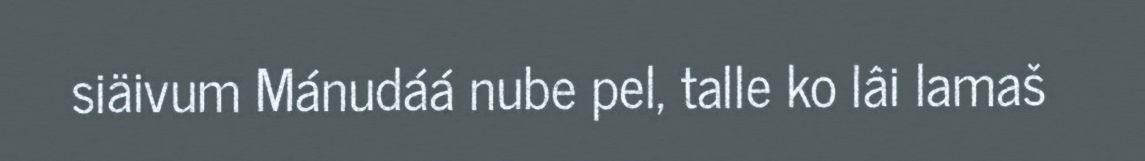
siäivum Mánudáá nube pel, talle ko lâi lamaš